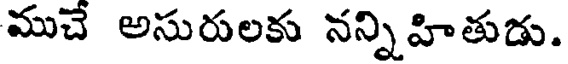
ముచే అసురులకు నన్నిహితుడు.